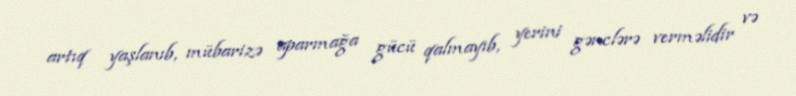
artıq yaşlanıb, mübarizə aparmağa gücü qalmayıb, yerini gənclərə verməlidir və